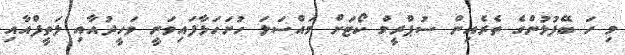
މި ހަ ބޭފުޅުންގެ ތެރެއިން ސުޕްރީމް ކޯޓަށް މައްސަލަ ހުށަހަޅާފައިވަނީ ވަހީދުއާއި ލަތީފްއާއި